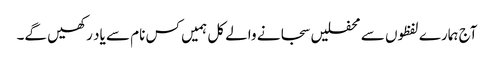
آج ہمارے لفظوں سے محفلیں سجانے والے کل ہمیں کس نام سے یاد رکھیں گے۔